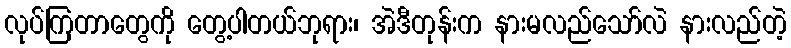
လုပ်ကြတာတွေကို တွေ့ပါတယ်ဘုရား၊ အဲဒီတုန်းက နားမလည်သော်လဲ နားလည်တဲ့